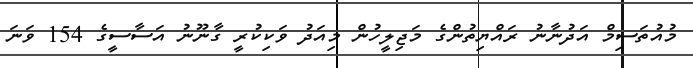
މުއުތަސިމް އަދުނާނު ރައްޔިތުންގެ މަޖިލީހުން މިއަދު ވަކިކުރީ ގާނޫނު އަސާސީގެ 154 ވަނަ